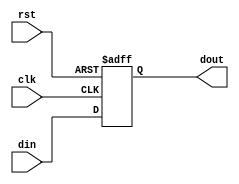
`timescale 1ns / 1ps
//////////////////////////////////////////////////////////////////////////////////
// Company: 
// Engineer: 
// 
// Design Name: 
// Module Name: PIPO_Reg
// Project Name: 
// Target Devices: 
// Tool Versions: 
// Description: 
// 
// Dependencies: 
// 
// Revision:
// Revision 0.01 - File Created
// Additional Comments:
// 
//////////////////////////////////////////////////////////////////////////////////


module PIPO_Reg(din,clk,rst,dout);
input [3:0] din;
input clk,rst;
output [3:0] dout;
wire [3:0] din;
wire clk,rst;
reg [3:0] dout;
always @(posedge clk or negedge rst)
begin
if(!rst)
begin
dout <= 4'b0;
end
else 
begin
dout <= din;
end
end
endmodule